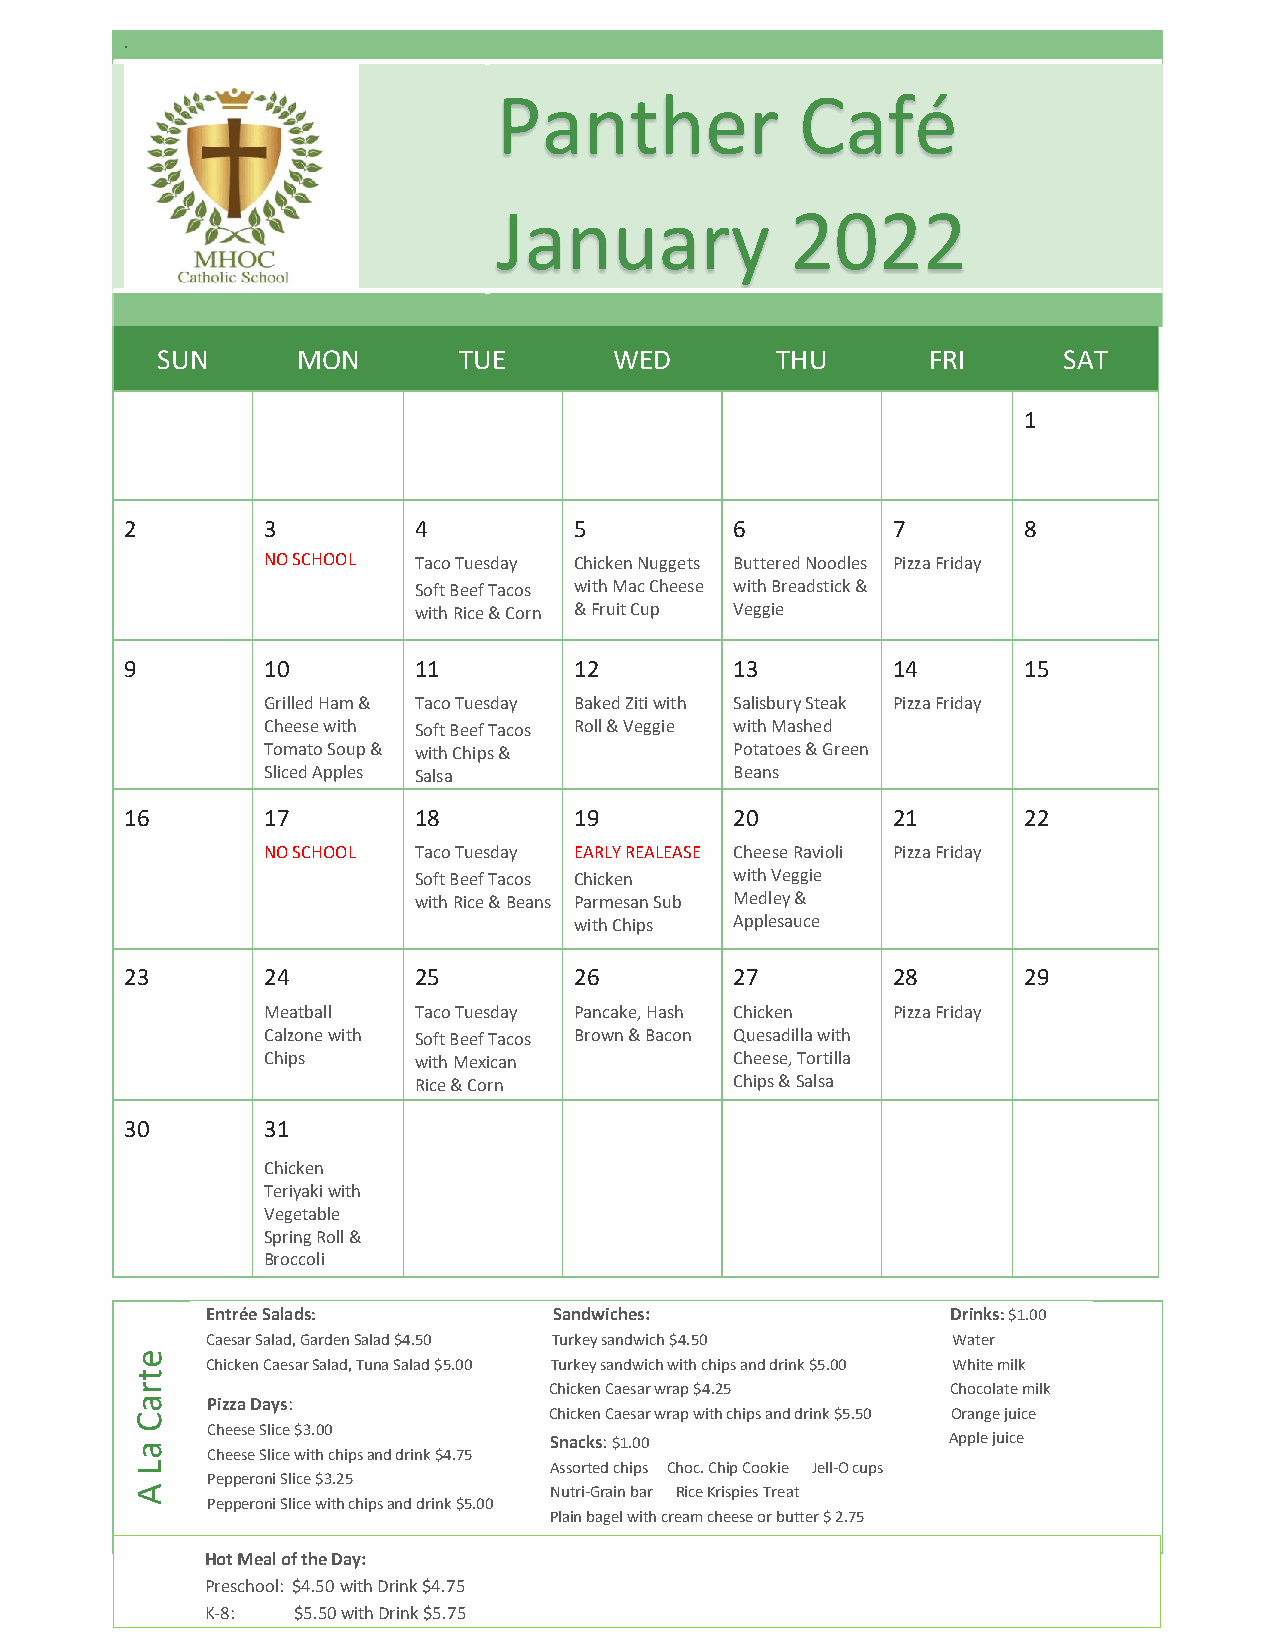
.
 Panther             Café
 January            2022
 SUN       MON       TUE        WED       THU       FRI      SAT
 1
 2        3         4          5          6         7        8
 NO SCHOOL Taco Tuesday Chicken Nuggets Buttered Noodles Pizza Friday
 Soft Beef Tacos with Mac Cheese with Breadstick &
 with Rice & Corn & Fruit Cup Veggie
 9        10        11         12         13        14       15
 Grilled Ham & Taco Tuesday Baked Ziti with Salisbury Steak Pizza Friday
 Cheese with Soft Beef Tacos Roll & Veggie with Mashed
 Tomato Soup & with Chips &      Potatoes & Green
 Sliced Apples Salsa             Beans
 16       17        18         19         20        21       22
 NO SCHOOL Taco Tuesday EARLY REALEASE Cheese Ravioli Pizza Friday
 Soft Beef Tacos Chicken with Veggie
 with Rice & Beans Parmesan Sub Medley &
 with Chips Applesauce
 23       24        25         26         27        28       29
 Meatball  Taco Tuesday Pancake, Hash Chicken Pizza Friday
 Calzone with Soft Beef Tacos Brown & Bacon Quesadilla with
 Chips     with Mexican          Cheese, Tortilla
 Rice & Corn           Chips & Salsa
 30       31
 Chicken
 Teriyaki with
 Vegetable
 Spring Roll &
 Broccoli
 Entrée Salads:         Sandwiches:               Drinks: $1.00
 Caesar Salad, Garden Salad $4.50 Turkey sandwich $4.50 Water
 e
 Chicken Caesar Salad, Tuna Salad $5.00 Turkey sandwich with chips and drink $5.00 White milk
 t
 r                          Chicken Caesar wrap $4.25  Chocolate milk
 a    Pizza Days:
 C                          Chicken Caesar wrap with chips and drink $5.50 Orange juice
 Cheese Slice $3.00
 a                          Snac ks: $1.00             Apple juice
 Cheese Slice with chips and drink $4.75
 L                          Assorted chips Choc. Chip Cookie Jell-O cups
 Pepperoni Slice $3.25
 A                          Nutri-Grain bar Rice Krispies Treat
 Pepperoni Slice with chips and drink $5.00
 Plain bagel with cream cheese or butter $ 2.75
 Hot Meal of the Day:
 Preschool: $4.50 with Drink $4.75
 K-8: $5.50 with Drink $5.75